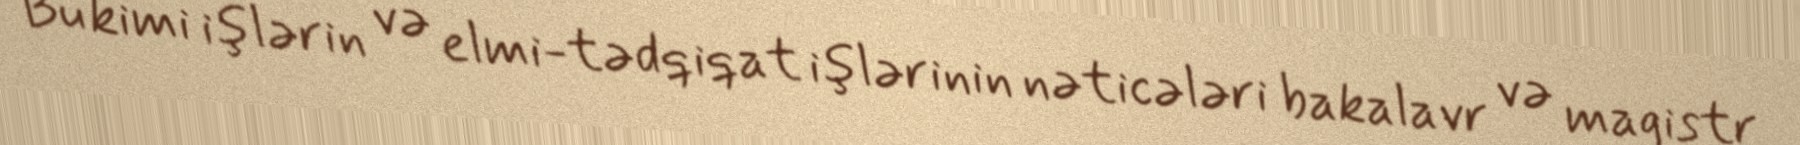
Bu kimi işlərin və elmi-tədqiqat işlərinin nəticələri bakalavr və magistr